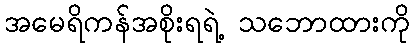
အမေရိကန်အစိုးရရဲ့ သဘောထားကို